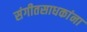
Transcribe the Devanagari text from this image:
संगीतसाधकांना